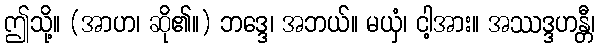
ဤသို့။ (အာဟ၊ ဆို၏။) ဘဒ္ဒေ၊ အဘယ်။ မယှံ၊ ငါ့အား။ အဿဒ္ဒဟန္တီ၊